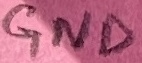
Text: GND